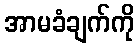
အာမခံချက်ကို